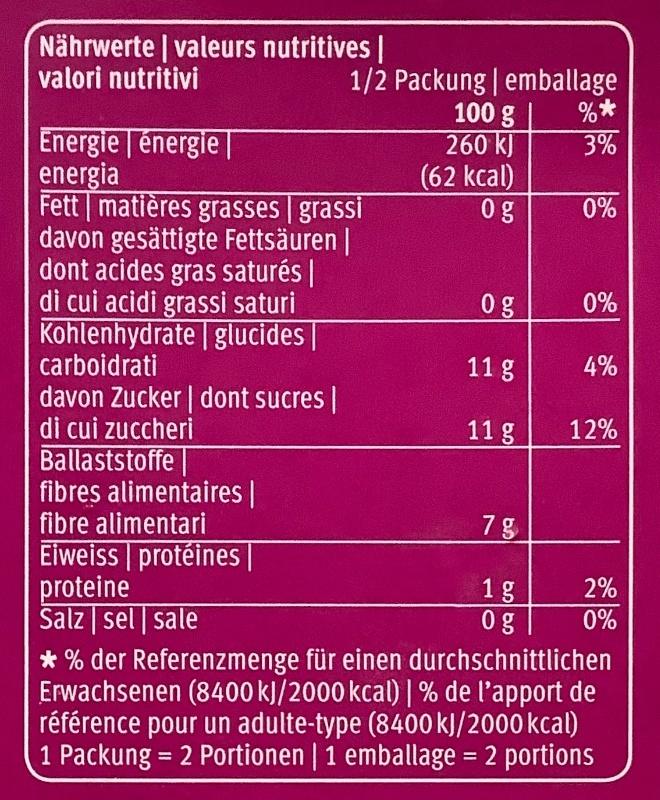
Nährwerte | valeurs nutritives | valori nutritivi
1/2 Packung | emballage 100 g 260 kJ (62 kcal) 0g
%* 3%
Energie | énergie | energia Fett matières grasses grassi davon gesättigte Fettsäuren | dont acides gras saturés | di cui acidi grassi saturi Kohlenhydrate | glucides carboidrati davon Zucker | dont sucres | di cui zuccheri Ballaststoffe | fibres alimentaires | fibre alimentari Eiweiss protéines proteine Salz | sel | sale
0%
0%
11 g
4%
11 g
12%
7g
2%
1g 0g
0%
* % der Referenzmenge für einen durchschnittlichen Erwachsenen (8400 kJ/2000 kcal) | % de l'apport de référence pour un adulte-type (8400 kJ/2000 kcal) 1 Packung = 2 Portionen | 1 emballage = 2 portions
%3D